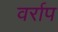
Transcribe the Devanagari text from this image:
वर्राप